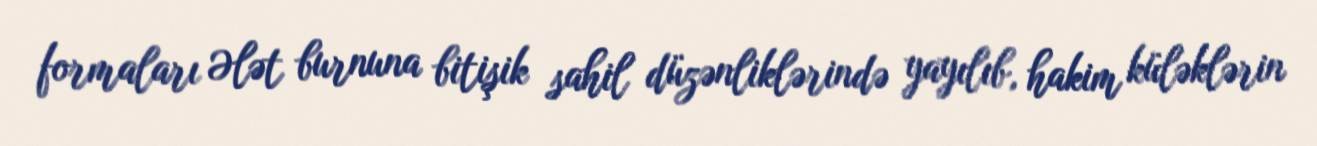
formaları Ələt burnuna bitişik sahil düzənliklərində yayılıb, hakim küləklərin